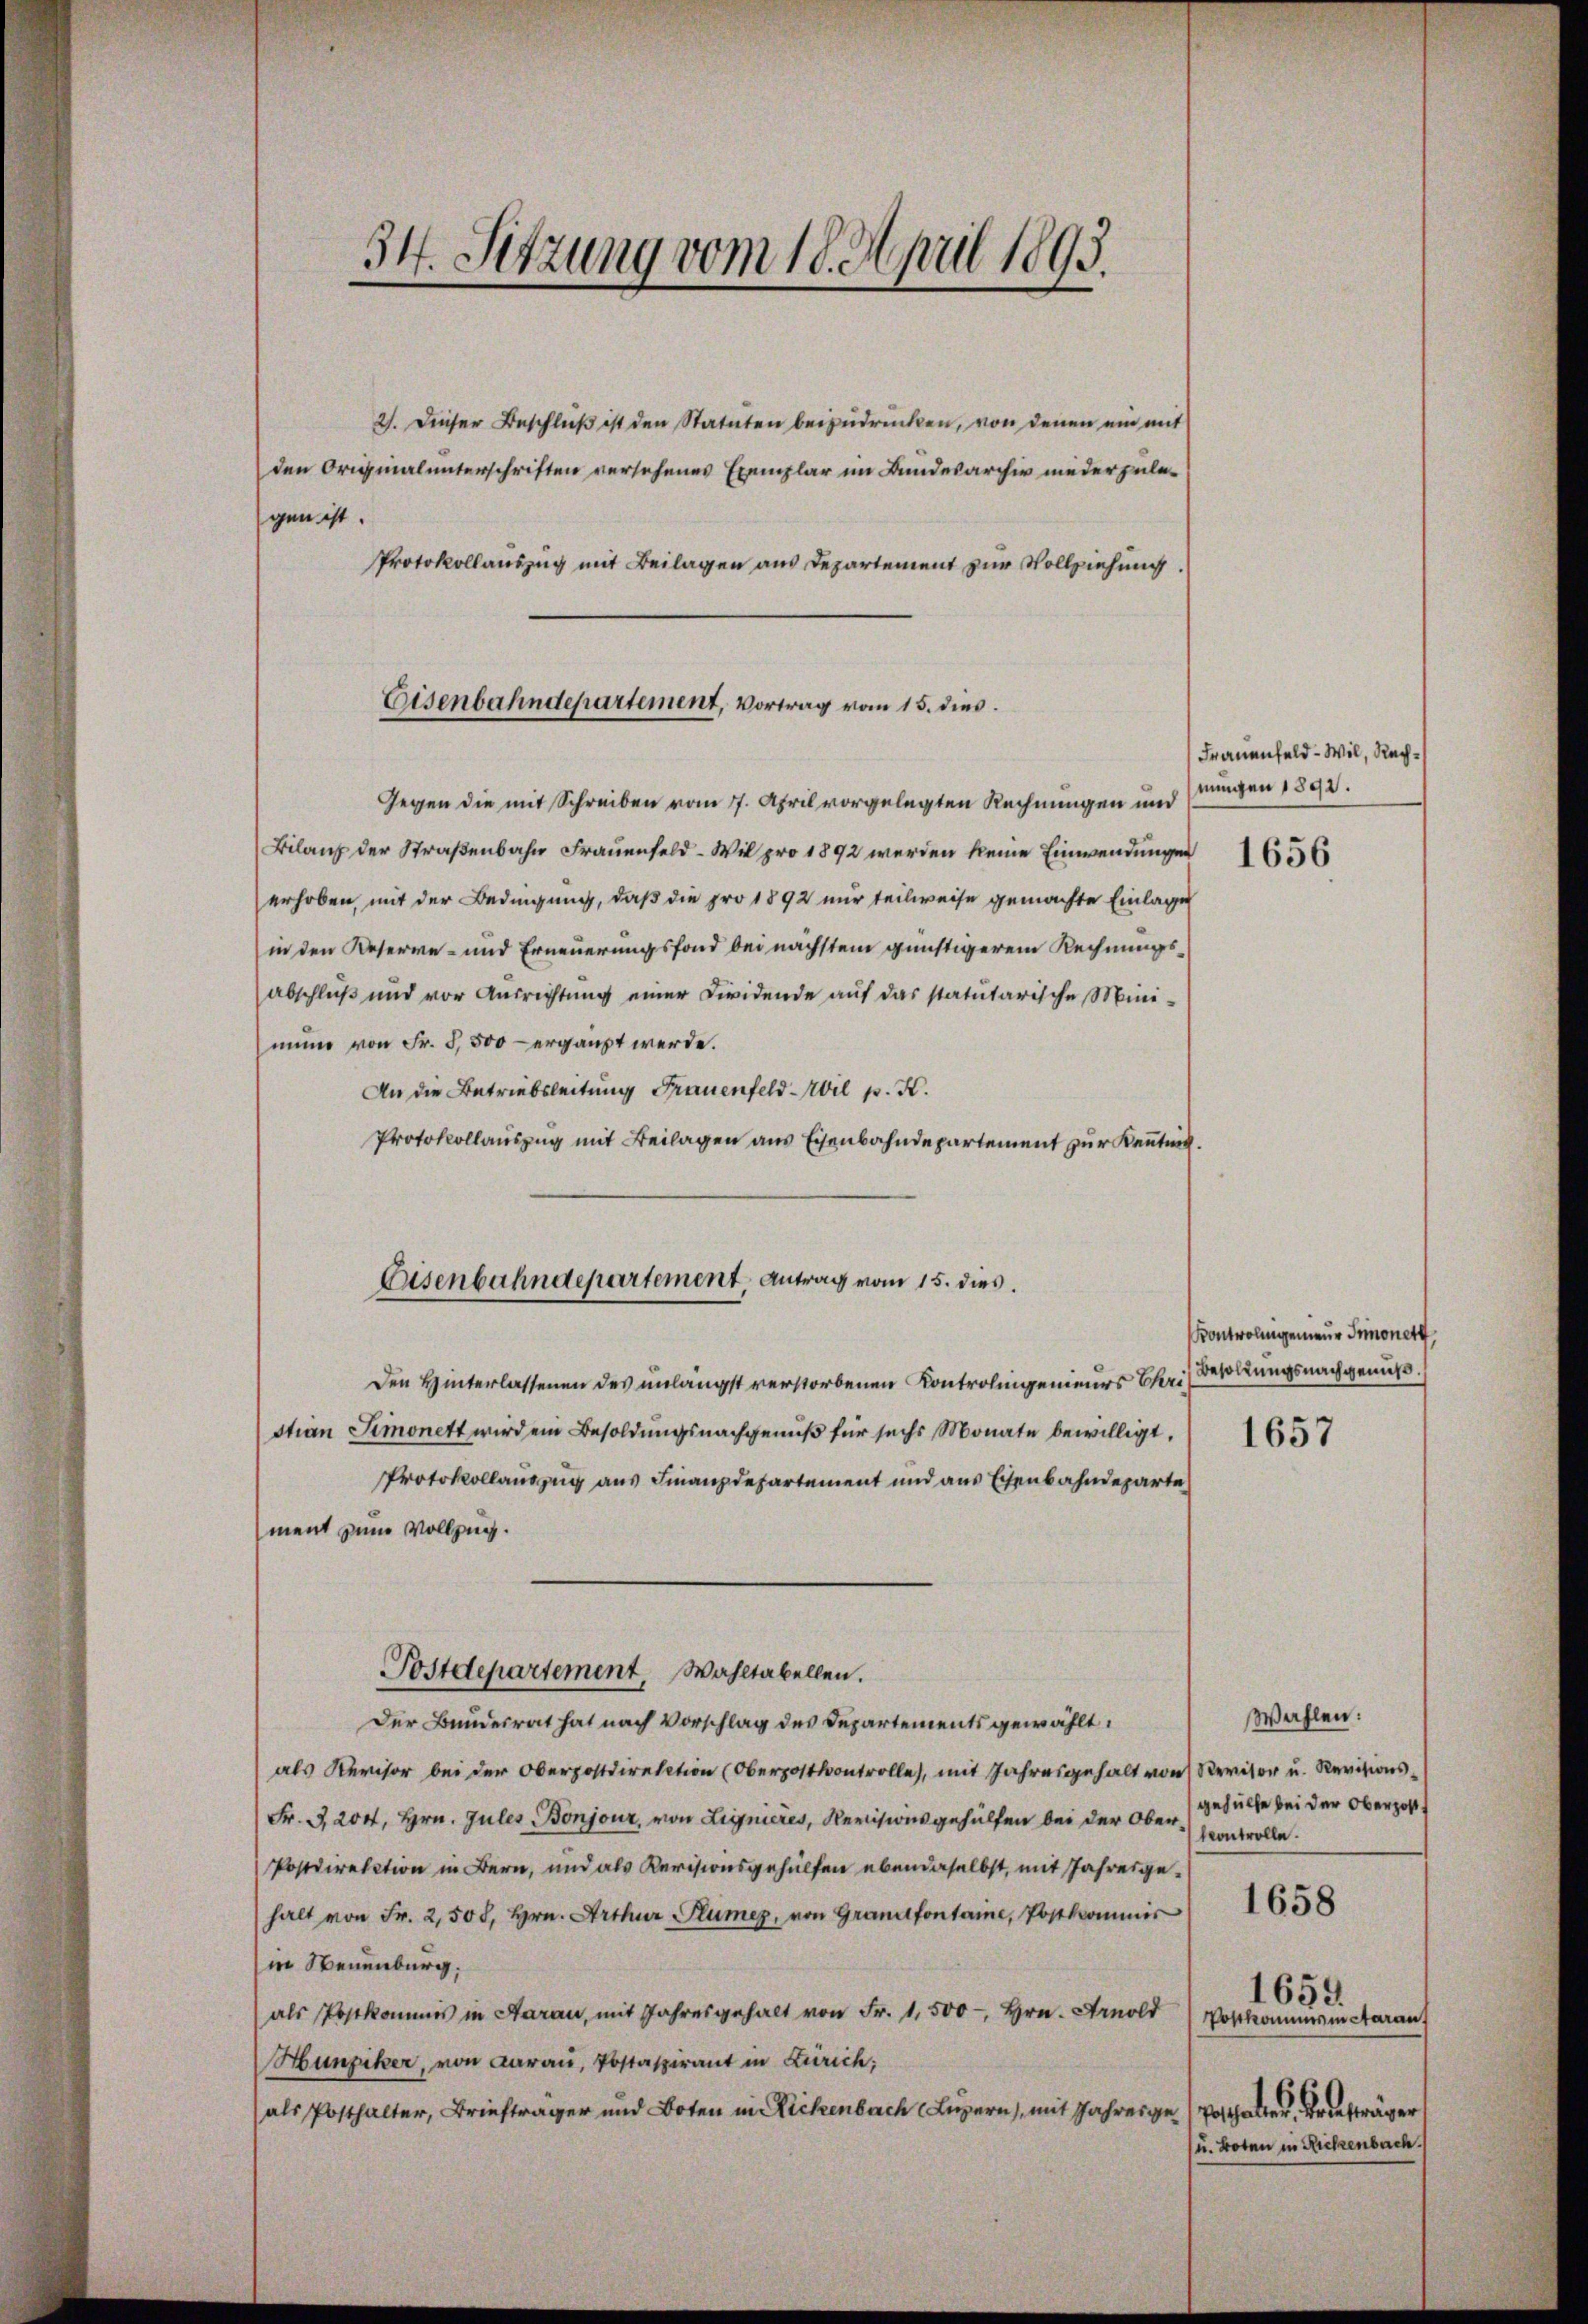
34. Sitzung vom 18. April 1893.

2). Dieser Beschluß ist den Statuten beizudrücken, von denen ein mit
den Originalunterschriften versehenes Exemplar im Bundesarchiv niederzulegen ist.
Protokollauszug mit Beilagen aus Departement zur Vollziehung.

Eisenbahndepartement, Vortrag vom 15. dies

Gegen die mit Schreiben vom 17. April vorgelegten Rechnungen und
Bilanz der Straßenbahn Frauenfeld - Wil pro 1892 werden keine Einwendungen 1656
erhoben, mit der Bedingung, daß die pro 1892 nur teilweise gemachte Einlage
in den Keserve- und Erneuerungsfond bei nächstem günstigerem Rechnungsabschluß und vor Ausrichtung einer Dividende auf das statutarische Minimino von Fr. 5,500 ergänzt werde.
An die Betriebsleitung Frauenfeld-Wil p. K.
Protokollauszug mit Beilagen aus Eisenbahndepartement zur Kenntnis.
Den Hinterlassenen des unlängst verstorbenen Kontrolingenieurs Chris
stian Simonett wird ein Besoldungsnachgenuß für sechs Monate bewilligt.
Protokollauszug aus Finanzdepartement und aus Eisenbahndeparte
ment zum Vollzug.
Postdepartement. Wahltabellen.
Der Bundesrat hat nach Vorschlag des Departements gewählt.
als Revisor bei der Oberpostdirektion (Oberpostkontrolle, mit Jahresgehalt von Revisor u. Revisions¬
) Fr. 3204, Hrn. Jules Bonjour, von Lignieres, Revisionsgehülfen bei der Oberscontrolle.
Postdirektion in Bern, und als Revisionsgehülfen ebendaselbst, mit Jahresgehalt von Fr. 2,508, Hrn. Arthur Flumer, von Grandfontane, Postkommis
in Neuenburg,
als Postkommis in Saran, mit Jahresgehalt von Fr. 1,500- Hrn. Arnold Postkommsincaran
Hunziker, von darau, Postaspirant in Zürich;
(als Posthalter, Briefträger und Boten in Rickenbach Luzern, mit Jahrenge (Vorthalter, Briefträger

Eisenbahndepartement, Antrag vom 15. dies

Frauenfeld - Wil, Rechnungen 1892.

Kontrolingenieur Innonett,
Besoldungsnachgenuß.

1657

Wahlen:
gehülfe bei der Oberpost
1659.
u. Boten in Rickenbach.

1658